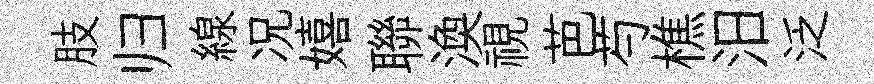
肢归線况嬉聯渙視芭芍樵汨泛